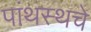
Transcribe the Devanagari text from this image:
पांथस्थचे